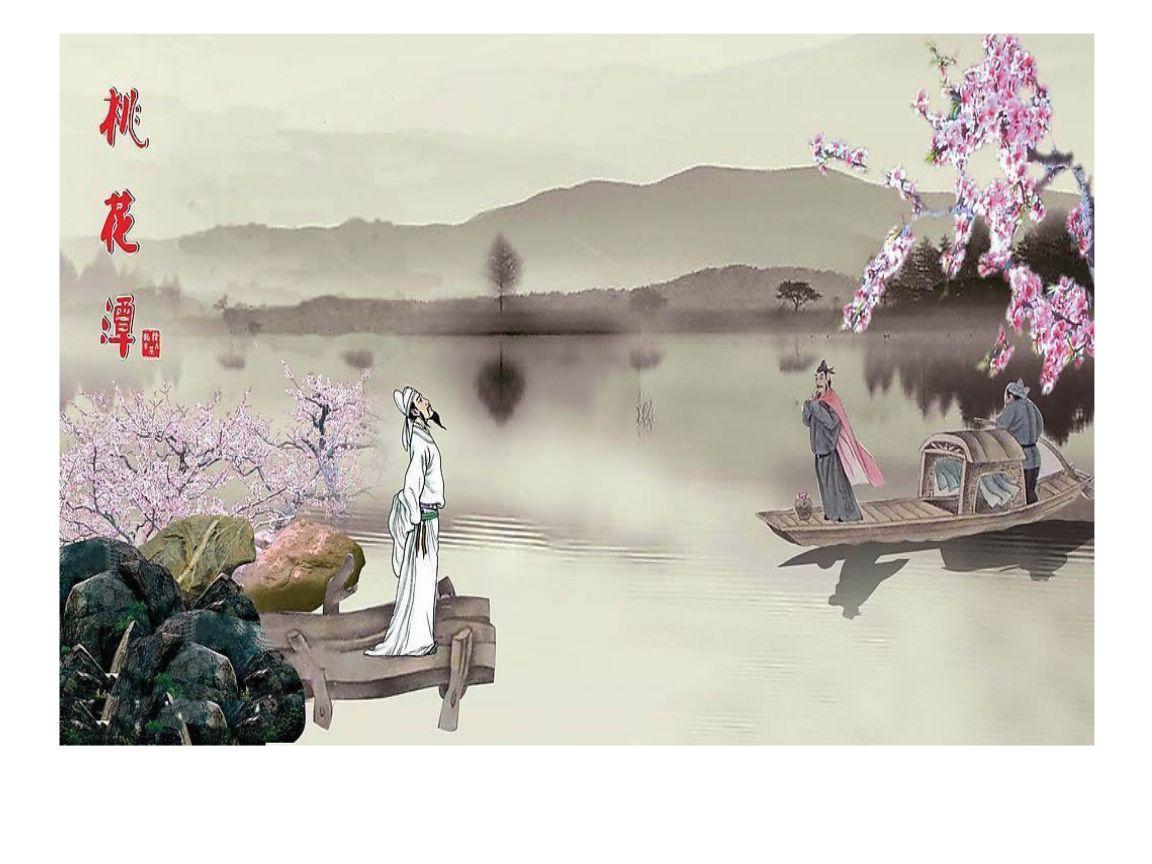
犬吠水声中，桃花带露浓。